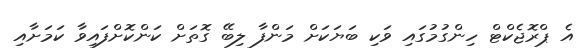
އެ ޕްރޮޖެކްޓް ހިންގުމުގައި ވަކި ބަޔަކަށް މަންފާ ލިބޭ ގޮތަށް ކަންކޮށްފައިވާ ކަމަށާއި